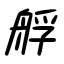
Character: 艀